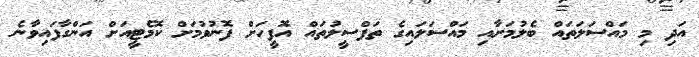
އަދި މި މައްސަލަތައް ބެލުމަށާއި މައްސަލައިގެ ތަފްސީލުތައް އޮފީހަށް ފޮނުވުމަށް ކޮމެޓީއަށް އަންގާފައިވާނެ